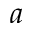
a